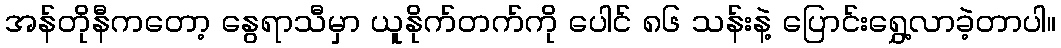
အန်တိုနီကတော့ နွေရာသီမှာ ယူနိုက်တက်ကို ပေါင် ၈၆ သန်းနဲ့ ပြောင်းရွှေ့လာခဲ့တာပါ။